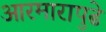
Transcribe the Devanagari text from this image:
आरमारापुढे